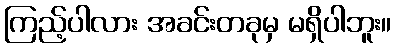
ကြည့်ပါလား အခင်းတခုမှ မရှိပါဘူး။